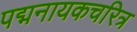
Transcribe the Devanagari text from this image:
पद्मनायकचरित्र